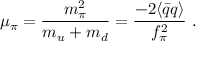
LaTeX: \mu _ { \pi } = \frac { m _ { \pi } ^ { 2 } } { m _ { u } + m _ { d } } = \frac { - 2 \langle \bar { q } q \rangle } { f _ { \pi } ^ { 2 } } ~ .